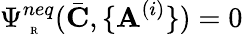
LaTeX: \Psi_{\mathrm{~\tiny~R~}}^{neq}(\bar{\mathbf{C}},\{ \mathbf{A}^{(i)}\} )=0